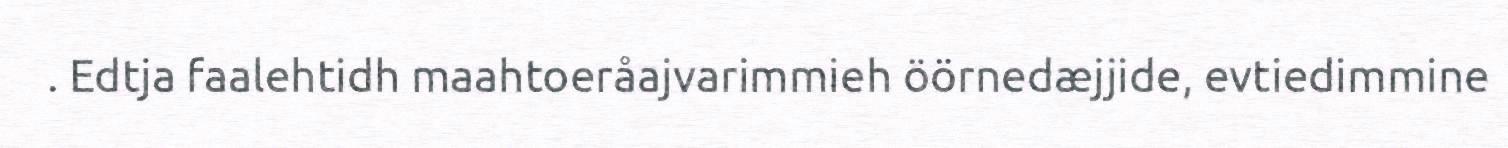
. Edtja faalehtidh maahtoeråajvarimmieh öörnedæjjide, evtiedimmine